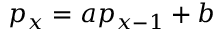
p _ { x } = a p _ { x - 1 } + b